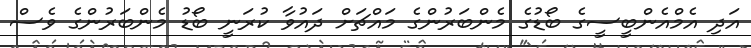
އަދި އެމްއެންބީސީގެ ބޯޑުގެ މެންބަރުންގެ މައްޗަށް ދައުވާ ކުރަނީ ބޯޑު މެންބަރުންގެ ވެސް